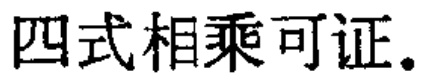
四式相乘可证。